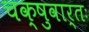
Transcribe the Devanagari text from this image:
चक्षुवार्तः